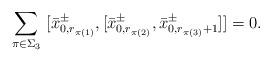
LaTeX: \begin{align*} \sum_{\pi\in \Sigma_3}\ [\bar{x}^{\pm}_{0,r_{\pi(1)}}, [\bar{x}^{\pm}_{0,r_{\pi(2)}}, \bar{x}^{\pm}_{0,r_{\pi(3)}+1}]]=0.\end{align*}